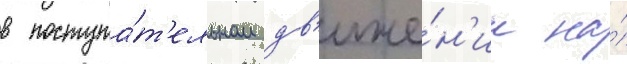
в поступа́т'ельном дв'иже́н'ии на́